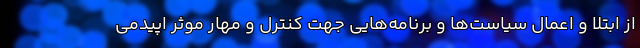
از ابتلا و اعمال سیاست‌ها و برنامه‌هایی جهت کنترل و مهار موثر اپیدمی